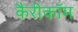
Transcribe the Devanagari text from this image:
कैरीकॉम